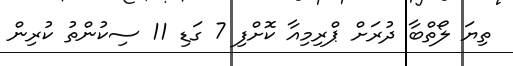
ތިޔަ ލޯތްބާ ދުރަށް ޕްރިމިއާ ކޮށްފި 7 ގަޑި 11 ސިކުންތު ކުރިން